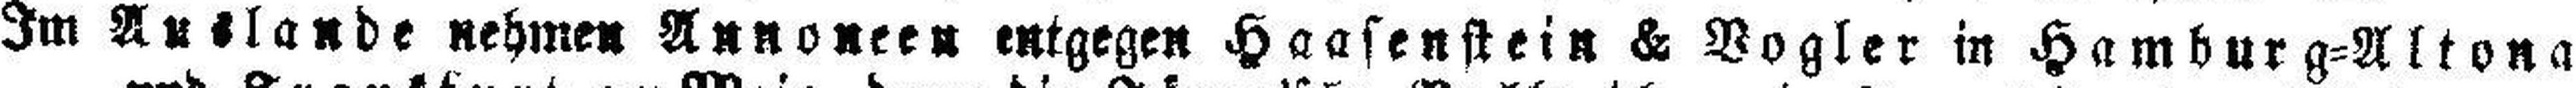
Im Auslande nehmen Annoncen entgegen Haasenstein & Vogler in Hamburg=Altona